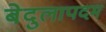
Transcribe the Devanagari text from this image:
बेदुलापदम